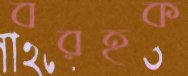
বরহক